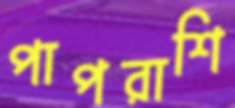
পাপরাশি